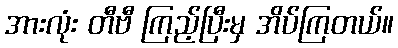
အားလုံး တီဗီ ကြည့်ပြီးမှ အိပ်ကြတယ်။